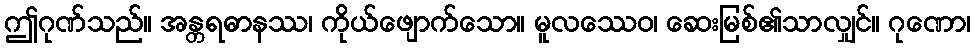
ဤဂုဏ်သည်။ အန္တရဓာနဿ၊ ကိုယ်ဖျောက်သော။ မူလဿေဝ၊ ဆေးမြစ်၏သာလျှင်။ ဂုဏော၊